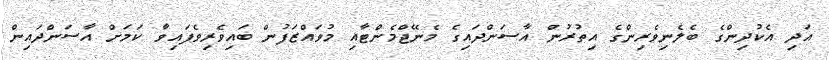
އަދި އެކުދިންގެ ބެލެނިވެރިންގެ އިތުރުން އާސަންދައިގެ މެނޭޖްމެންޓާއި މުވައްޒަފުން ބައިވެރިވެފައިވާ ކަމަށް އާސަންދައިން